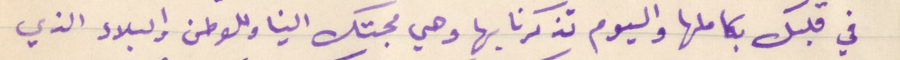
في قلبك بكاملها واليوم تذكرنا بها وهي محبتك الينا وللوطن والبلاد الذي